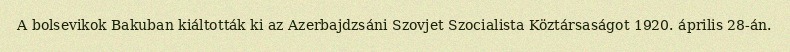
A bolsevikok Bakuban kiáltották ki az Azerbajdzsáni Szovjet Szocialista Köztársaságot 1920. április 28-án.